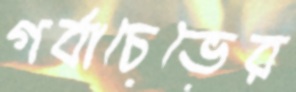
গর্বাচেভের